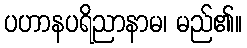
ပဟာနပရိညာနာမ၊ မည်၏။